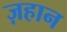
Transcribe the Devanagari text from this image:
ज़हान